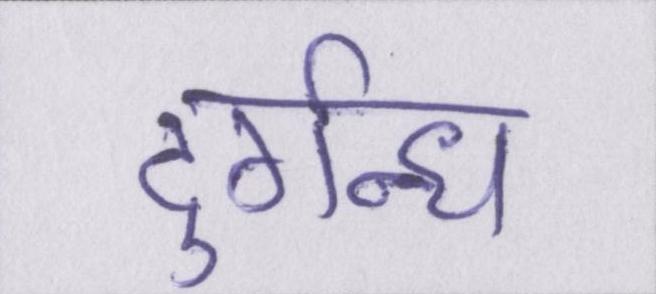
दुर्गन्ध